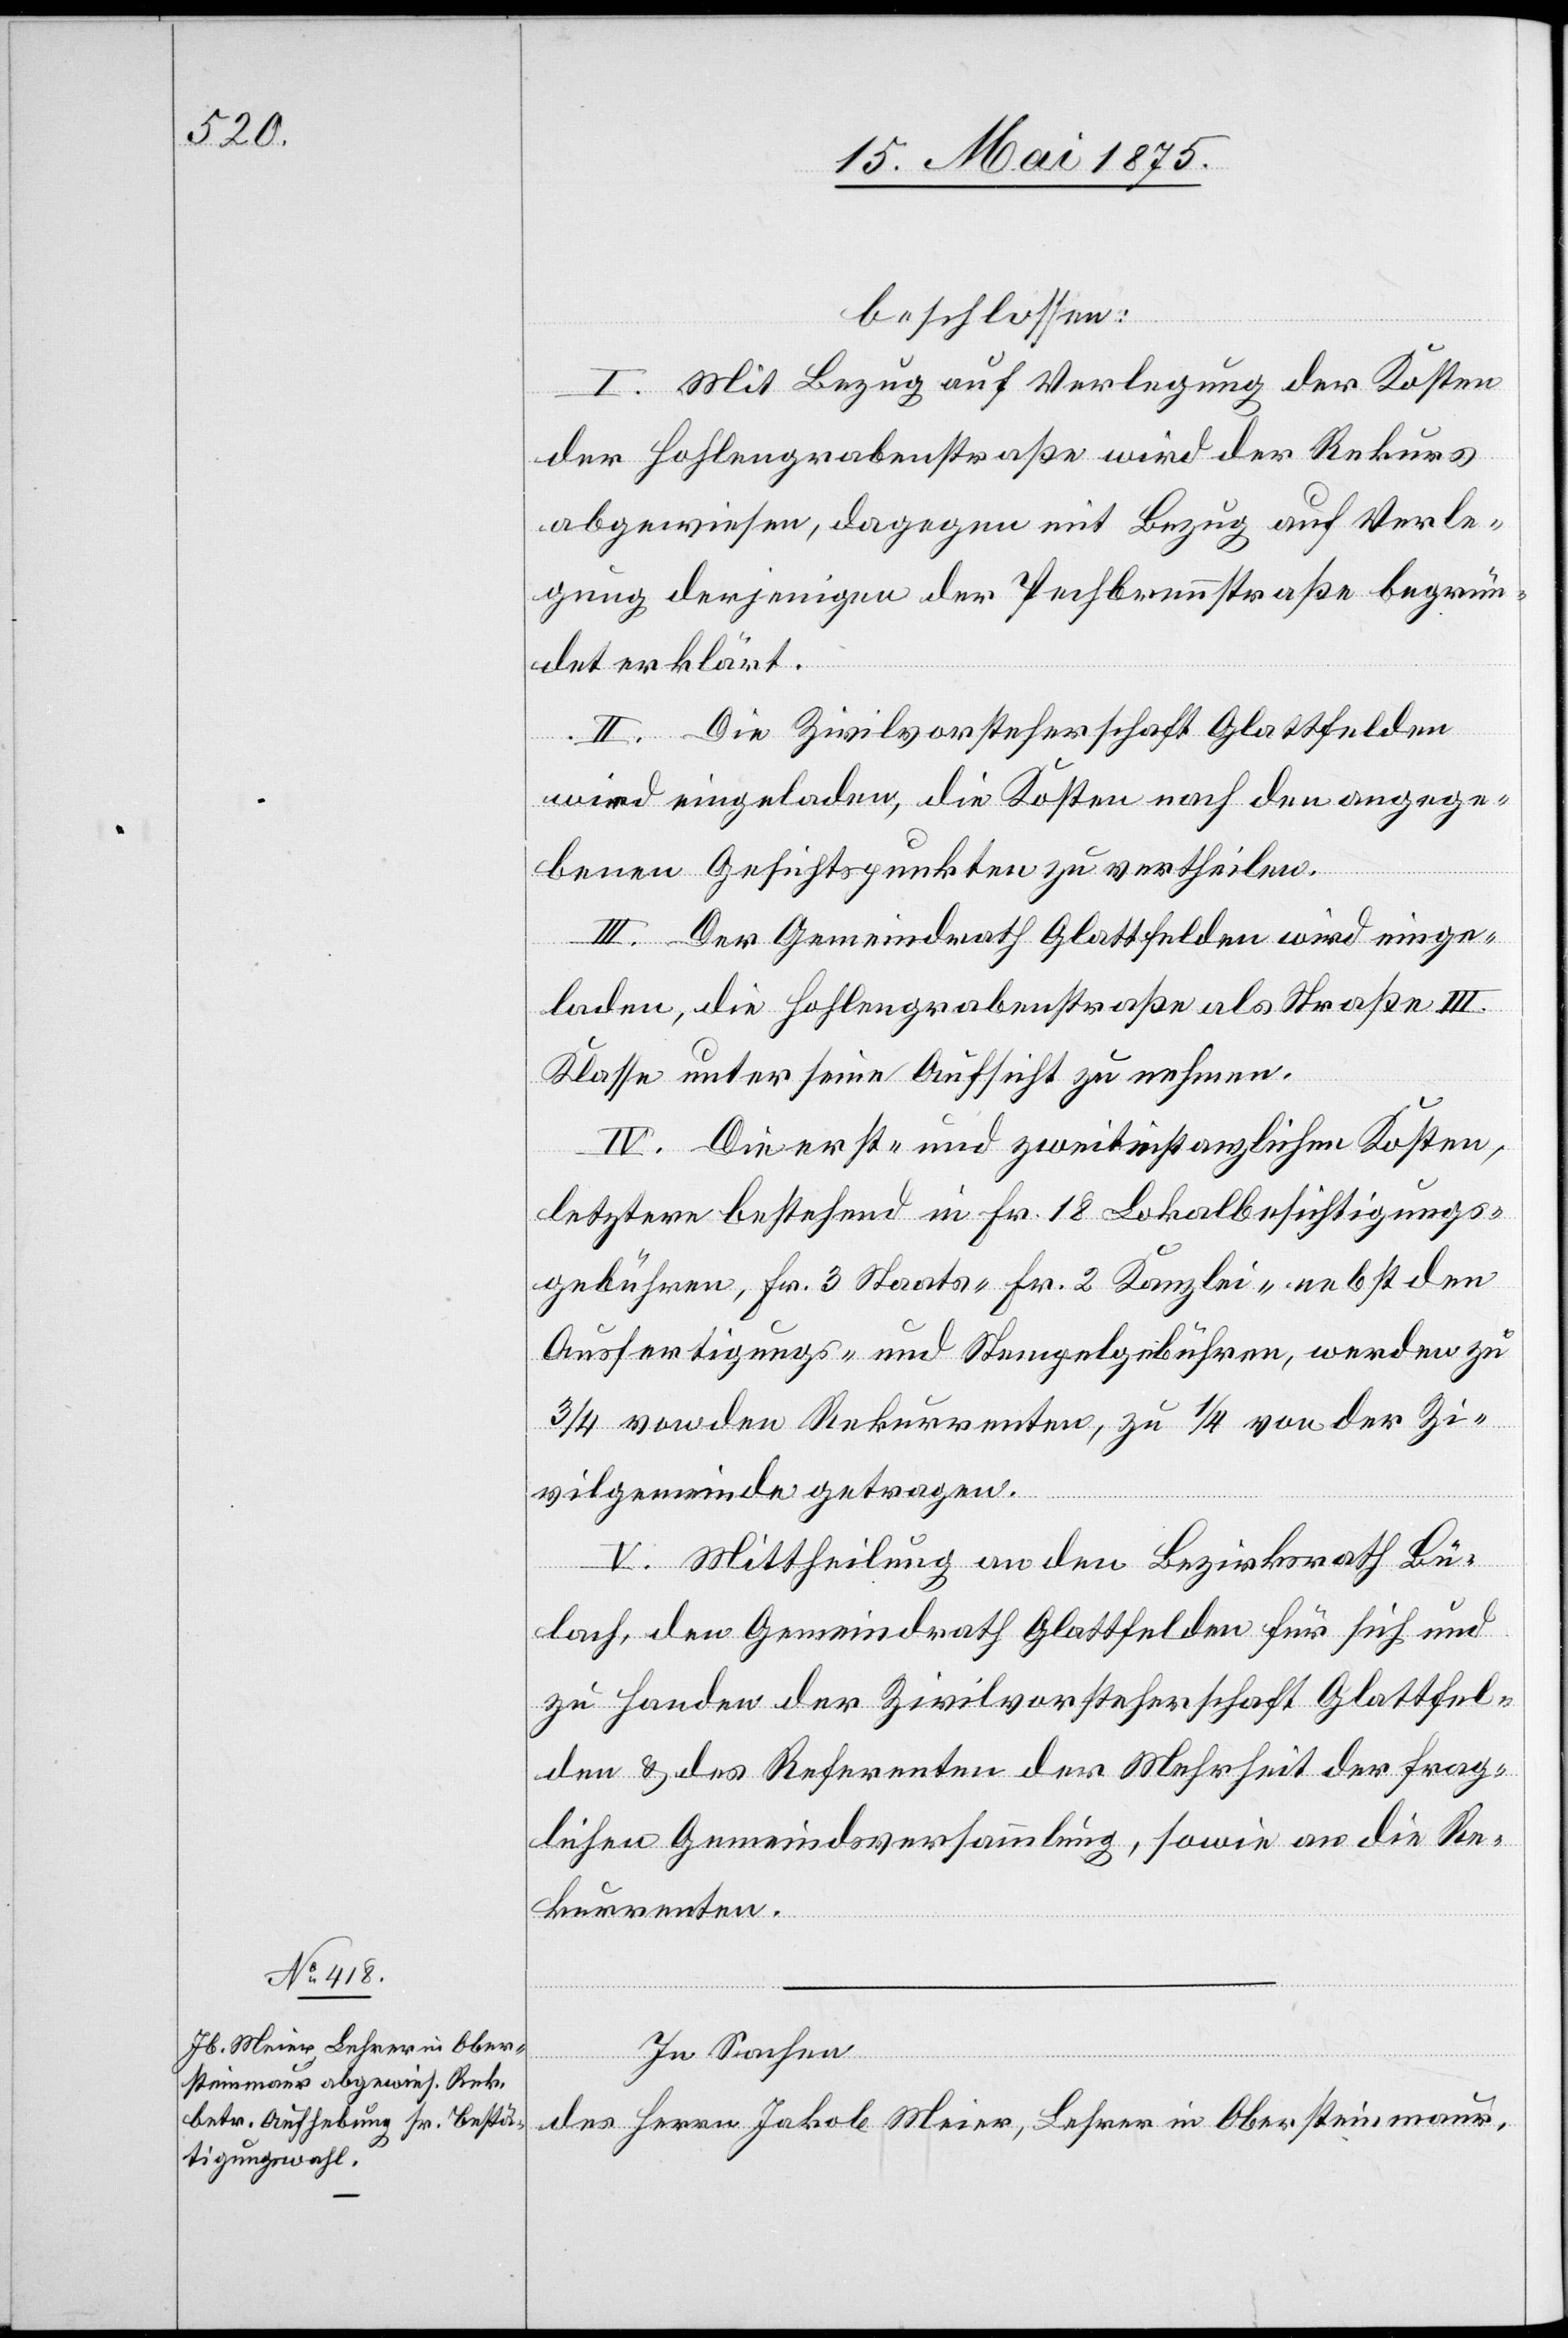
beschlossen:
I. Mit Bezug auf Verlegung der Kosten
der Hohlengrabenstraße wird der Rekurs
abgewiesen, dagegen mit Bezug auf Verle¬
gung derjenigen der Pechbrennstraße begrün¬
det erklärt.
II. Die Zivilvorsteherschaft Glattfelden
wird eingeladen, die Kosten nach den angege¬
benen Gesichtspunkten zu vertheilen.
III. Der Gemeindrath Glattfelden wird einge¬
laden, die Hohlengrabenstraße als Straße III.
Klasse unter seine Aufsicht zu nehmen.
IV. Die erste- und zweitinstanzlichen Kosten,
letztere bestehend in Fr. 18 Lokalbesichtigungs¬
gebühren, Fr. 3 Staats- Fr. 2 Kanzlei- nebst den
Ausfertigungs- und Stempelgebühren, werden zu
3/4 von den Rekurrenten, zu 1/4 von der Zi¬
vilgemeinde getragen.
V. Mittheilung an den Bezirksrath Bü¬
lach, den Gemeindrath Glattfelden für sich und
zu Handen der Zivilvorsteherschaft Glattfel¬
den & des Referenten der Mehrheit der frag¬
lichen Gemeindsversammlung, sowie an die Re¬
kurrenten.
In Sachen
des Herrn Jakob Meier, Lehrer in Obersteinmaur,